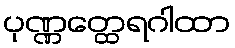
ပုဏ္ဏတ္ထေရဂါထာ